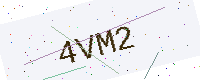
Text: 4VM2